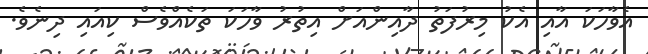
އެވާހަކަ އާއި އެކު މިރުފަތު ދާއިންއަށް އިތުރު ވާހަކަ ތަކެއްވެސް ކިއައި ދިނެވެ.